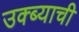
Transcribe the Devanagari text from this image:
उक्ब्याची